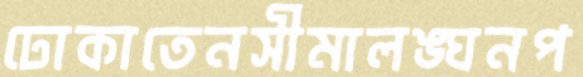
ঢোকাতেনসীমালঙ্ঘনপ